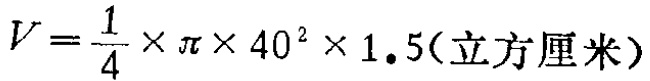
$V = \frac{1}{4} \times \pi \times 40^{2} \times 1.5(\text{立方厘米})$